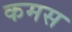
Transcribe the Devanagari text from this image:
कमस